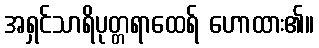
အရှင်သာရိပုတ္တရာထေရ် ဟောထား၏။